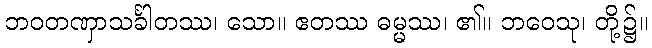
ဘဝတဏှာသင်္ခါတဿ၊ သော။ ဧတဿ ဓမ္မဿ၊ ၏။ ဘဝေသု၊ တို့၌။